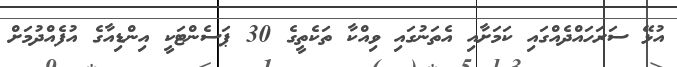
އުޅޭ ސަރަހައްދެއްގައި ކަމަށާއި އެތަނުގައި ވިއްކާ ތަކެތީގެ 30 ޕަސެންޓަކީ އިންޑިއާގެ އުފެއްދުމަށް